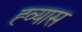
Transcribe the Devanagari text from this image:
ह्व्यास